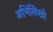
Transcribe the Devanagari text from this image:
अभिलिेखो